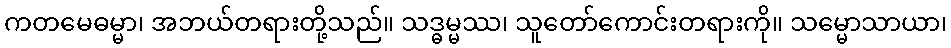
ကတမေဓမ္မာ၊ အဘယ်တရားတို့သည်။ သဒ္ဓမ္မဿ၊ သူတော်ကောင်းတရားကို။ သမ္မောသာယာ၊